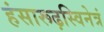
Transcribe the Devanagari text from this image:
हंसारूढ़स्विनेत्रं